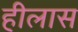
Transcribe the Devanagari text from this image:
हीलास